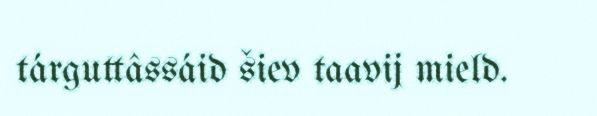
tárguttâssáid šiev taavij mield.